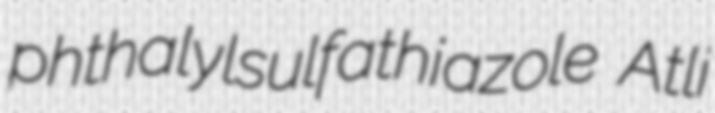
phthalylsulfathiazole Atli